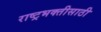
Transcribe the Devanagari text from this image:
राष्ट्रभक्तीसाठी